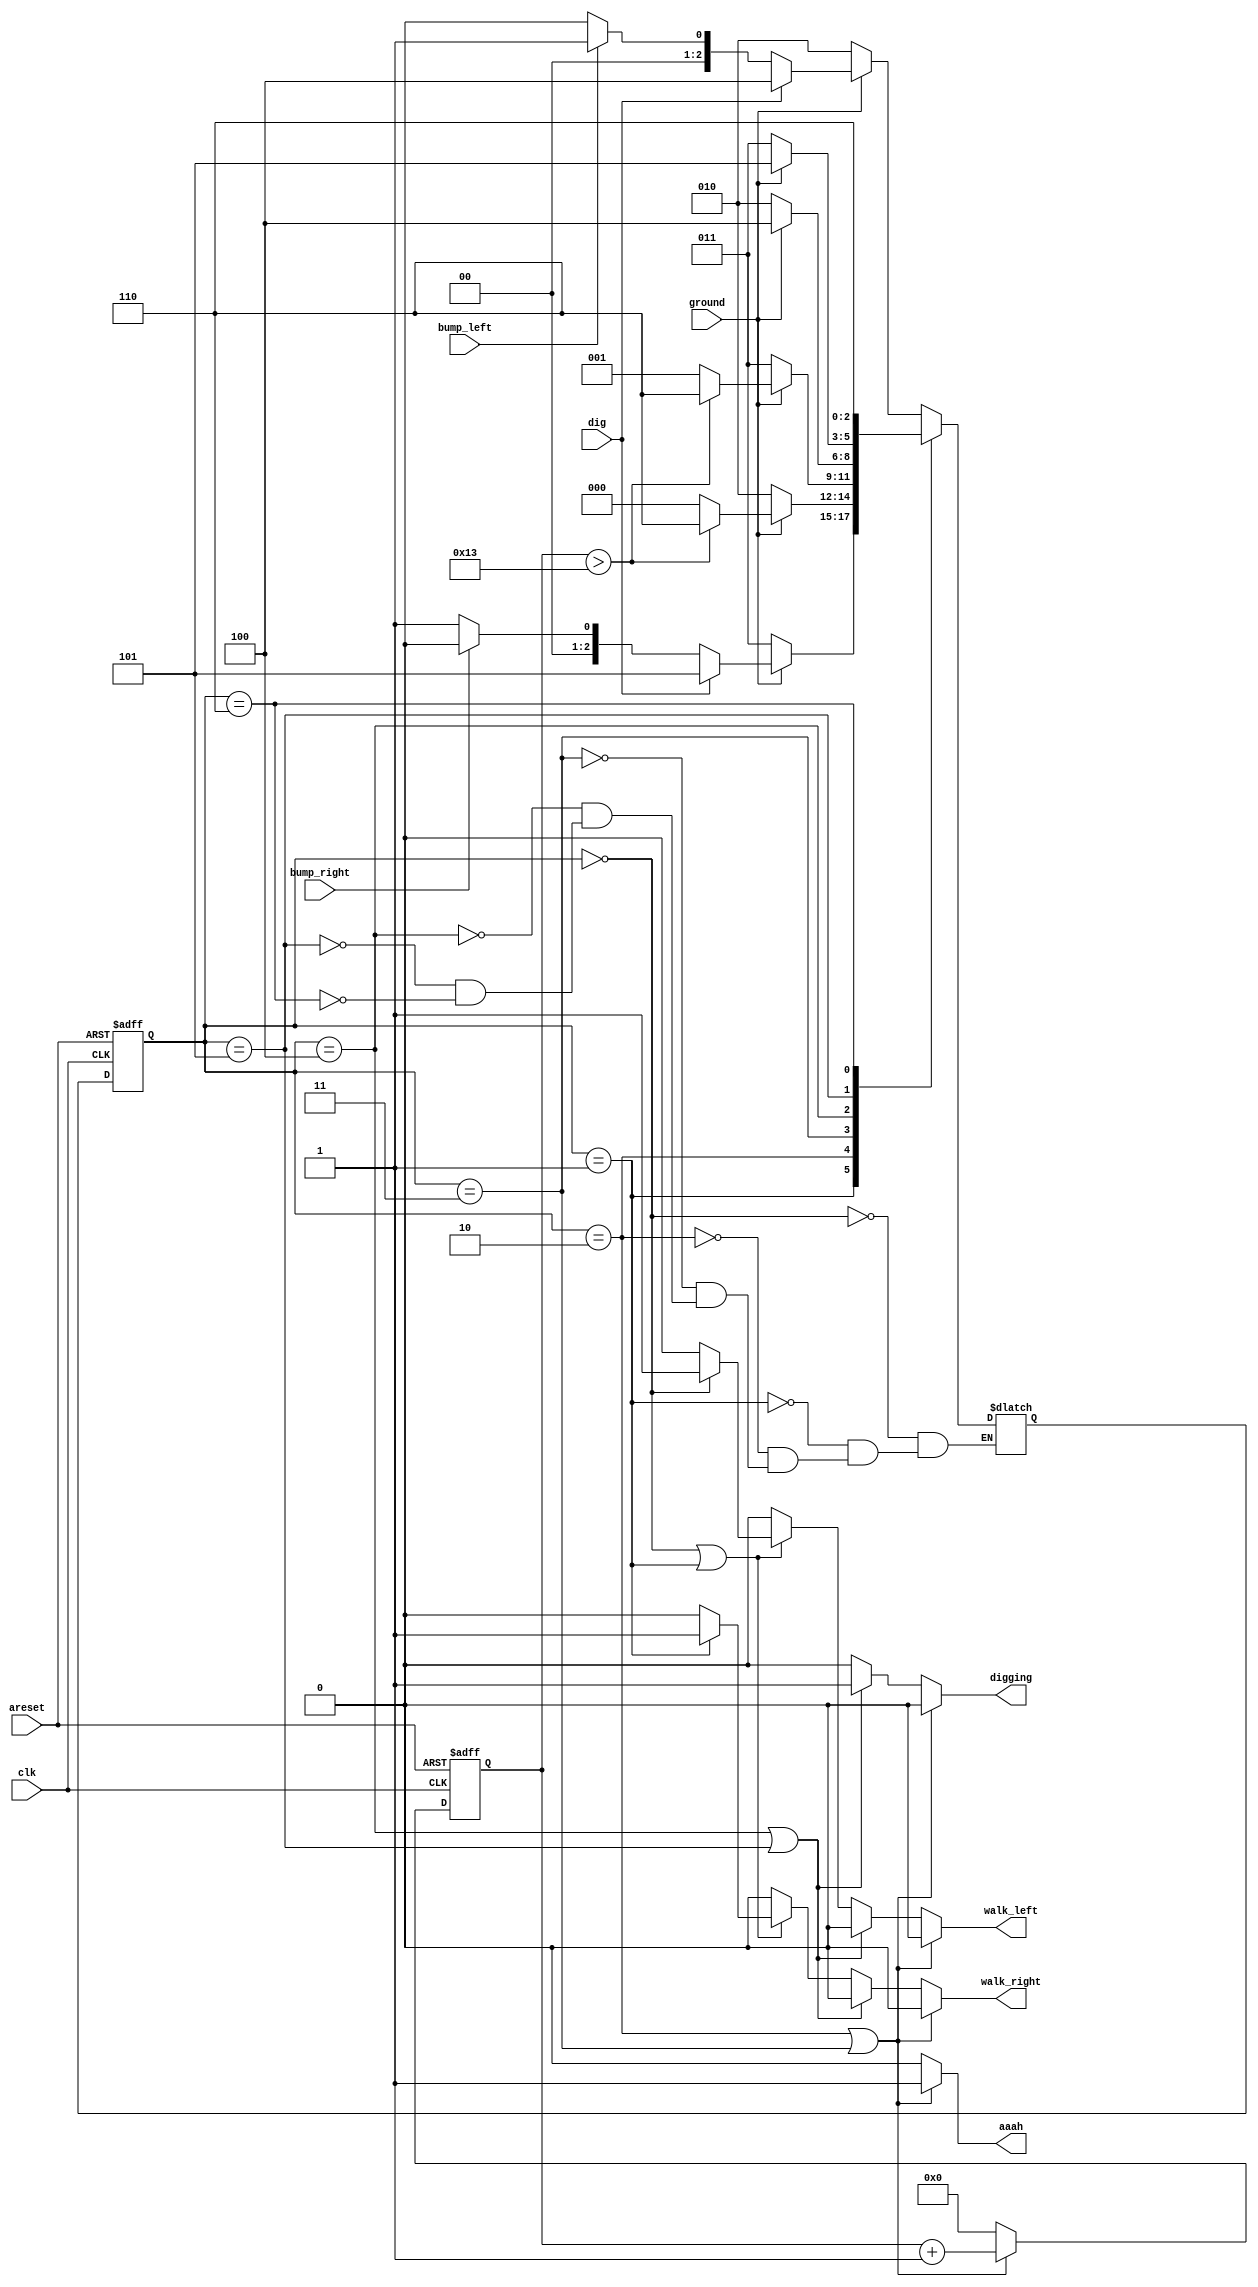
module top_module(
    input clk,
    input areset,
    input bump_left,
    input bump_right,
    input ground,
    input dig,
    output walk_left,
    output walk_right,
    output aaah,
    output digging 
); 
    parameter [2:0] LEFT   = 3'b000,
                    RIGHT  = 3'b001,
                    FALL_L = 3'b010,
                    FALL_R = 3'b011,
                    DIG_L  = 3'b100,
                    DIG_R  = 3'b101,
                    SPLAT  = 3'b110;
    reg [2:0] state,next_state;

    reg [6:0] counter;

    always @(posedge clk or posedge areset) begin
        if(areset) begin
            counter <= 0;
        end
        else if(state == FALL_L || state == FALL_R) begin
            counter <= counter + 1;
        end
        else begin
            counter <= 0;
        end
    end

    always @(*) begin
        case (state)
            LEFT :  if (ground) begin
                        if (dig) begin
                            next_state = DIG_L;
                        end
                        else begin
                            if (bump_left) begin
                                next_state = RIGHT;
                            end
                            else begin
                                next_state = LEFT;
                        end 
                        end
                    end
                    else begin
                        next_state = FALL_L;
                    end
            RIGHT : if (ground) begin
                        if (dig) begin
                            next_state = DIG_R;
                        end
                        else begin
                            if (bump_right) begin
                                next_state = LEFT;
                            end
                            else begin
                                next_state = RIGHT;
                            end 
                        end
                    end
                    else begin
                        next_state = FALL_R;
                    end  
            FALL_L :if (ground) begin
                if (counter > 7'd19) begin
                            next_state = SPLAT;
                        end
                        else begin
                            next_state = LEFT;
                        end
                    end
                    else begin
                        next_state = FALL_L;
                    end
            FALL_R :if (ground) begin
                if (counter > 7'd19) begin
                            next_state = SPLAT;
                        end
                        else begin
                            next_state = RIGHT;
                        end
                    end
                    else begin
                        next_state = FALL_R;
                    end
            DIG_L  :if (ground) begin
                        next_state = DIG_L;
                    end
                    else begin
                        next_state = FALL_L;
                    end
            DIG_R  :if (ground) begin
                        next_state = DIG_R;
                    end
                    else begin
                        next_state = FALL_R;
                    end
            SPLAT  :    next_state = SPLAT;        
        endcase
    end

    always @(posedge clk or posedge areset) begin
        if(areset) begin
            state <= LEFT;
        end
        else begin
            state <= next_state;
        end
    end

    always @(*) begin
        if (state == FALL_L || state == FALL_R) begin
            walk_left = 1'b0;
            walk_right = 1'b0;
            aaah = 1'b1;
            digging = 1'b0;
        end
        else if(state == DIG_L || state == DIG_R) begin
            walk_left = 1'b0;
            walk_right = 1'b0;
            aaah = 1'b0;
            digging = 1'b1;
        end
        else if(state == LEFT || state == RIGHT) begin
            walk_left = (state == LEFT) ? 1'b1 : 1'b0;
            walk_right = (state == RIGHT) ? 1'b1 : 1'b0;
            aaah = 1'b0;
            digging = 1'b0;
        end
        else begin
            walk_left = 1'b0;
            walk_right = 1'b0;
            aaah = 1'b0;
            digging = 1'b0;
        end
    end

endmodule